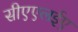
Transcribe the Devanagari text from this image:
सीएएलईए